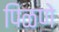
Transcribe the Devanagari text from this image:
पिळणे